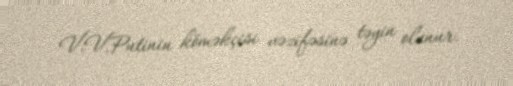
V.V.Putinin köməkçisi vəzifəsinə təyin olunur.